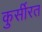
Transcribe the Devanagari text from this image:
कुर्सीरत